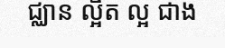
ជ្ឈាន ល្អិត ល្អ ជាង